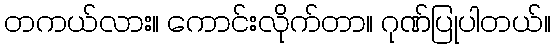
တကယ်လား။ ကောင်းလိုက်တာ။ ဂုဏ်ပြုပါတယ်။